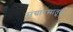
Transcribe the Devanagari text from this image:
संग्रारमातून